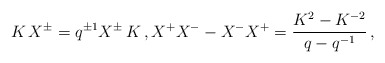
\begin{align*} K\, X^{\pm} = q^{\pm 1} X^{\pm} \, K \,, X^+ X^- - X^- X^+ = \frac{K^2-K^{-2}}{q-q^{-1}} \,,\end{align*}